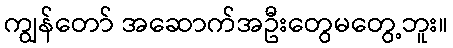
ကျွန်တော် အဆောက်အဦးတွေမတွေ့ဘူး။